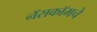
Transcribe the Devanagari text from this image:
नॅसकॉमचे